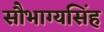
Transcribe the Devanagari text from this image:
सौभाग्यसिंह